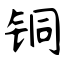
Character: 铜